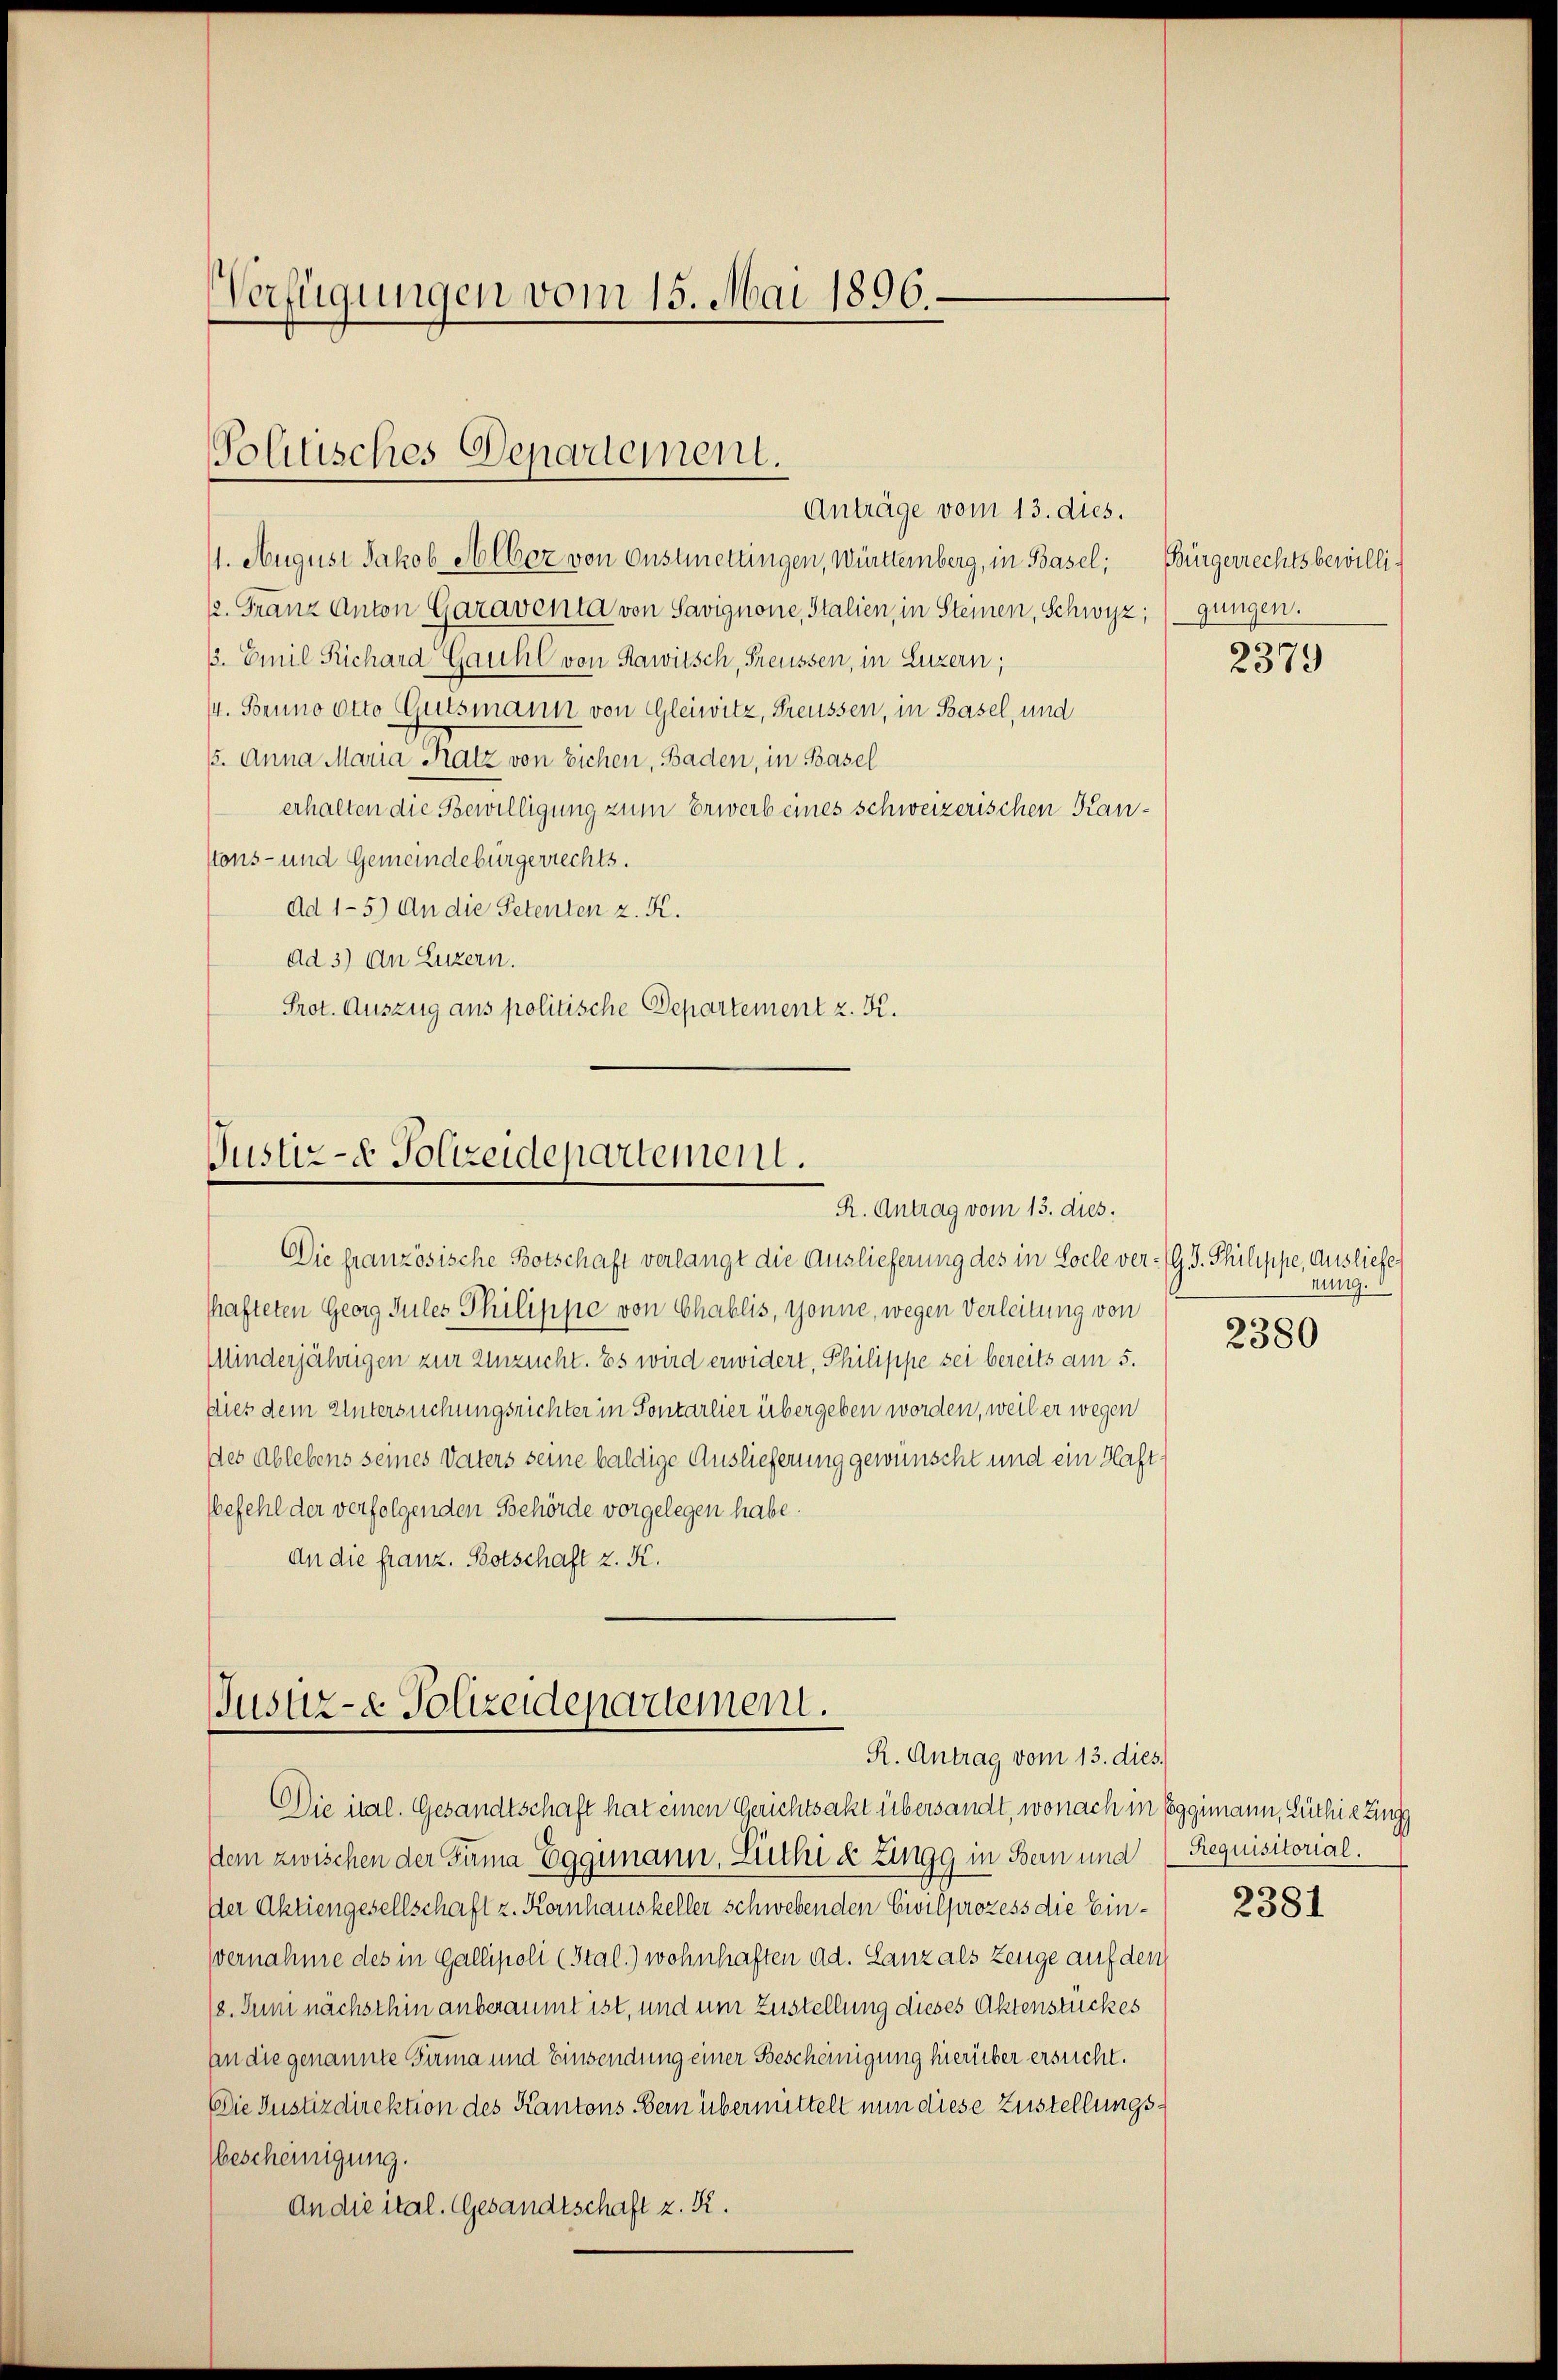
Verfügungen vom 15. Mai 1896.

/1. August Jakob Alber von Onstmettingen, Württemberg, in Basel;
12. Franz Anton Garaventa von Savignone, Italien, in Steinen, Schwyz; gungen.
3. Emil Richard Gauhl von Rawitsch, Freussen, in Luzern;
/4. Bruno otto Gutsmann von Gleiwitz, Freussen, in Basel, und
/. Anna Maria Katz von Eichen, Baden, in Basel
erhalten die Bewilligung zum Erwerb eines schweizerischen Kanstons- und Gemeindebürgerrechts.
Ad 1-5.) An die Petenten z. K.
ad 3) An Luzern.
Prot. Auszug aus politische Departement z. K.

Politisches Depodement.
Anträge vom 13. dies.

Die französische Botschaft verlangt die Auslieferung des in Socke ver- (G. J. Philippe, Ausliefe
shafteten Georg Jules Philippe von Chablis, Gönne, wegen Verleitung von
Minderjährigen zur Einzucht. Es wird erwidert, Philippe sei bereits am 5.
pies dem Untersuchungsrichter in Sontarlier übergeben worden, weil er wegen
Des Ablebens seines Vaters seine baldige Auslieferung gewünscht und ein Haft-
befehl der verfolgenden Behörde vorgelegen habe.
An die franz. Botschaft z. K.

Justiz- & Polizeidepartement.
R. Antrag vom 13. dies.

Justiz- & Polizeidepartement.
R. Antrag vom 13. dies

Die ital. Gesandtschaft hat einen Gerichtsakt übersandt, wonach in Eggimann, Lüthie ung
dem zwischen der Firma Eggimann, Lüthi & Zingg in Bern und
der Aktiengesellschaft z. Kornhauskeller schwebenden Civilprozess die Einvernahme des in Gallipoli (Stal) wohnhaften ad. Lanz als Zeuge auf den
18. Juni nächsthin anberaumt ist, und um Zustellung dieses Aktenstückes
an die genannte Summa und Einsendung einer Bescheinigung hierüber ersucht.
Die Justizdirektion des Kantons Bern übermittelt nun diese Zustellungs¬
Gescheinigung.
An die ital. Gesandtschaft z. K.

Bürgerrechtsbewilli¬

2379

nung.

2380

Requisitorial.

2381